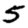
Digit: 5